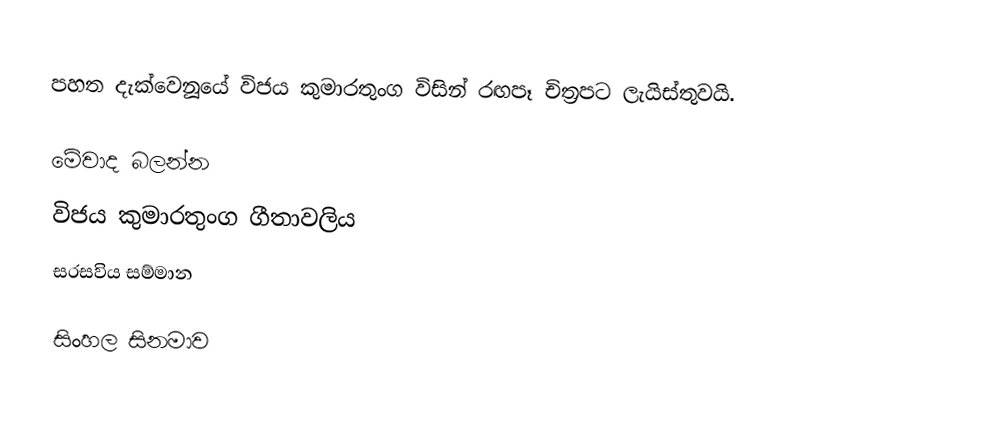
පහත දැක්වෙනූයේ විජය කුමාරතුංග විසින් රඟපෑ චිත්‍රපට ලැයිස්තුවයි.

මේවාද බලන්න
විජය කුමාරතුංග ගීතාවලිය
සරසවිය සම්මාන

සිංහල සිනමාව